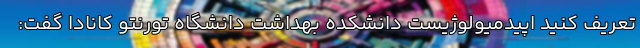
تعریف کنید اپیدمیولوژیست دانشکده بهداشت دانشگاه تورنتو کانادا گفت: